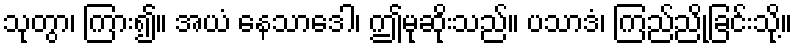
သုတွာ၊ ကြား၍။ အယံ နေသာဒေါ၊ ဤမုဆိုးသည်။ ပသာဒံ၊ ကြည်ညိုခြင်းသို့။